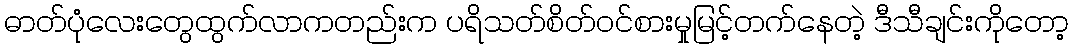
ဓာတ်ပုံလေးတွေထွက်လာကတည်းက ပရိသတ်စိတ်ဝင်စားမှုမြင့်တက်နေတဲ့ ဒီသီချင်းကိုတော့